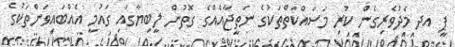
ޕީ އދ މެދުވެރިގެން ކުރި މަސައްކަތްތަކުގެ ނަތީޖާއެއްގެ ގޮތުން ލީބިޔާގައި ގައުމީ އެއްބައިވަންތަކުގެ